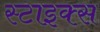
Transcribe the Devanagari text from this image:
स्टाइक्स